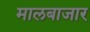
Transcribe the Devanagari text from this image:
मालबाजार